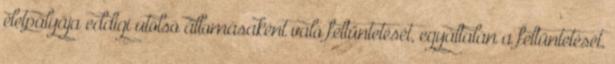
életpályája eddigi utolsó állomásaként való feltüntetését, egyáltalán a feltüntetését,